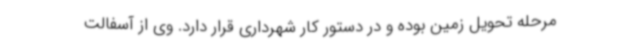
مرحله تحویل زمین بوده و در دستور کار شهرداری قرار دارد. وی از آسفالت